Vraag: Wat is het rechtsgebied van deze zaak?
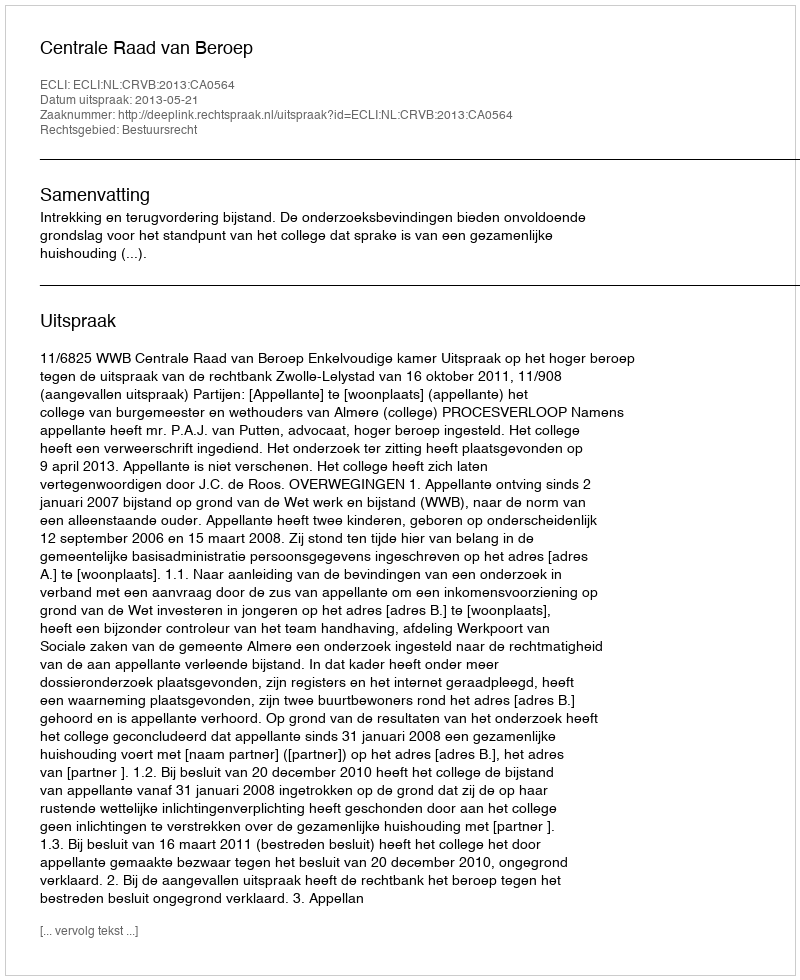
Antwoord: Bestuursrecht